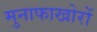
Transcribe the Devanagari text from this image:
मुनाफाखोरों